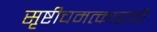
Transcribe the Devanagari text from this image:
सृष्टीचमत्काराची